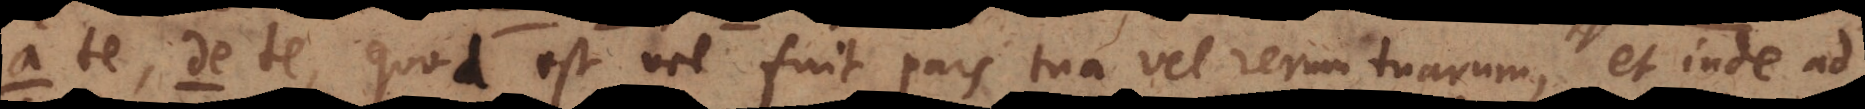
a te, de te, quod est vel fuit pars tua vel rerum tuarum, et inde ad